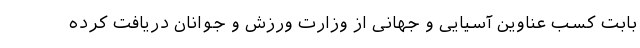
بابت کسب عناوین آسیایی و جهانی از وزارت ورزش و جوانان دریافت کرده